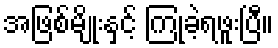
အဖြစ်မျိုးနှင့် ကြုံခဲ့ရဖူးပြီ။